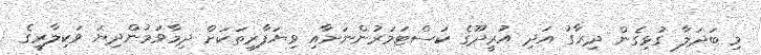
މި ބަދަލާ ގުޅިގެން ދިރާގު އަދި އުރީދޫގެ ކަސްޓަމަރުންނަށާއި ވިޔަފާރިތަކަށް ދިމާވަމުންދިޔަ ވަކިލާރީގެ